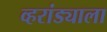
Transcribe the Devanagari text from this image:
व्हरांड्याला